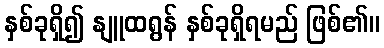
နှစ်ခုရှိ၍ နျူထရွန် နှစ်ခုရှိရမည် ဖြစ်၏။